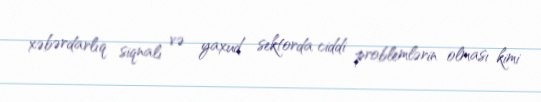
xəbərdarlıq siqnalı və yaxud sektorda ciddi problemlərin olması kimi